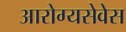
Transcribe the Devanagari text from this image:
आरोग्यसेवेस